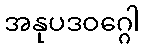
အနုပဒဝဂ္ဂေါ